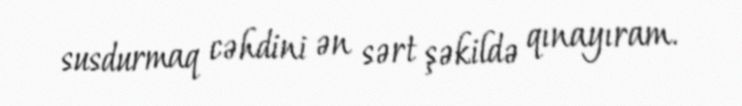
susdurmaq cəhdini ən sərt şəkildə qınayıram.